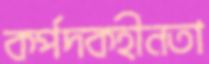
কর্পদকহীনতা